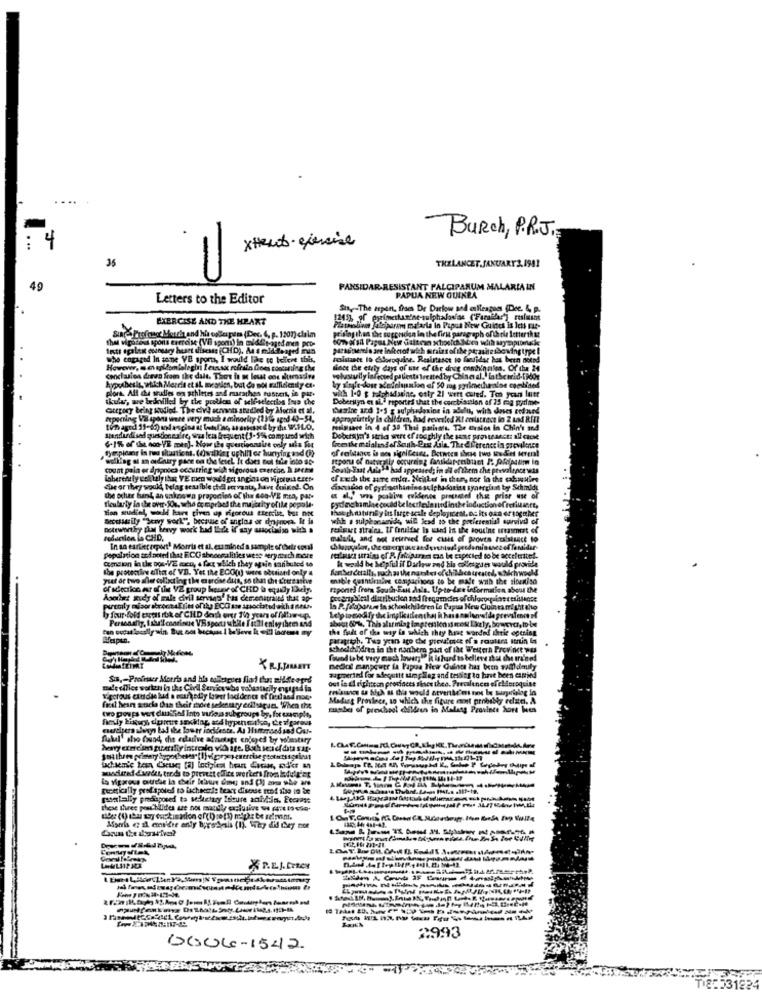
Burch, P.R.J.
xHeut- exercise
35
THELANCET.JANUARY3.1981
U
49
FANSIDAR-RESISTANT FALCIPARUM MALARIAIN
Letters to the Editor
PAPUA NEW GUINEA
Sin-The report, fiss Dr Darlow and colleagues Dee. & p.
HIERCISE AND THE HEART
Guide is le
prising than the suppriden in the first paragraph of th rie letter that
Plataniw Jakiparam malarla in Papua New Guinea is Iets Fac-
the vigorous sports erercise (VE spom) In middleaged men pope
Sunde Profesor Mouth and his oallespem (Dec. 6, p. 1207) claim
Insti ogalest couneacy huset disesse (CHD). As a midtented inun
paranervio are Inhetof wich mirains of the parasitesbowingtype !
the engaged In anne VE sports, I would like to believe this.
Folstante ID chloroquine. Realitaset to fradidar has been noted
begin Iesasa refrain Does concening the
sheet the etuly days of use of the drog condinales. Of the 24
conclusion draven from the dalt. There is a lesst ode alternative
volusully infected patients treated by Chinesal. latSetrid-tador
hypothesis, which Morris et IL mession, but Co not sufficiently ex-
skulu, we bedoilled by the problem of self-selection Ious che
plonk. All du studies on schietes and marathon ruster, in PRE.
with 1-0 g Haiphadseine, caty 21 wert cured. Ten years lutr
Dobersyn et al.] reportes that the cor bisssion of 15 ma prime-
Gregory being sudiod. The civil sunn stadled by Morria et al.
Thesine ard 3+5 g sulphadanine in adult, with doses colaund
repeating Val spons were very much a minority (250e aged 43-54.
appropriately in children, had revealed Ki celatrece lo 2 und RITI
Pigsace in 4 of 39 Thai parisals. The Eralos in Chin's and
Menduedilsed questionesfre, was lets frequent (-55% com;and wich
6-1%% of die non- VE mir)- Now the questionnaire only als The
wollag al m acuiry pine on the letel It does not file into as-
count pala er dropnoch occurring wich sigorous exercise, I DetAM
South-East Antela had appeased; in oil of them the prevalencesets
ef rech the sure onlar. Meilket in ther, nor io the obnuire
che or they would, belag sensible chialervanta, have dnise !. On
the other hand, an unknown proportion of the con-VE men, par-
fleubyly in the over.SO, who comprised the maitaity of ile popoli.
Tion studied, would have given up rigorous thereist, but noc
Pyinchmle could be leczleda sted inthe induction of refillinct,
though matinBy in large scale deployment, os Its osn eringaler
soowassily "Scavy work", because of angios or dropnora. It is
whl a sulphonsenide, will lead 15 the poulesemial survival of
noteworthy thy heavy work bad Iliche if my socisizo with a
resinaet strains. Ir feridae is used in the soutine istasmost of
reduction La CHD.
malula, and not seurvel for cuit of proves rossinice to
In an earlier report" Morris et al. examined a sample of their conl
Comcion in ux pos-VE mocu, 4 fixe which they again sanibuted to
population and noted that ECO shooogalities wese very much more
it would be Mpful il Dachow and bla collegdes would provide
the protection aiThat of VI. Yet the ECO() wers aberistdl only a
yut or two aller collect ing the exercise dus, so that che L'rers anive
of schecks er of the VE group heune of CHD la equidly Dhciy.
reported from South-Est An's. Up-to due info
mation about the
Åserhet Rudy of male civil servis" has cerenatraind that ap-
puntoly misorabronteElis onthe ECO se associated @kh IRAL.
in P. frayorum la schoolchildren Le Papua New Guinea might the
I four fold essens itik of CHLD deth over The years of follow-up.
Personally, Ithu'l corinne VEspoer ublile I still eniyihem and
Lolpiomodi fy the implication that h has onplanside prevalence of
the fault of the way in which they haag warded ihtie opening
about 60%, This alarming impression ismen Likely, bo
paraprith. Tua year ago che prevalence of a routers sorun la
schedahildren in the nonhera part of the Western Province was
XR.J.JARSETT
medine manpower fa Papua New Guinea has been saidmily
Sis ,- Profiser Morris and his colleagues fiad thu: milde ogrs
out is al eightcon procfaces since thea. Prevalence ofcloroquine
zapmerted for adequtit simp Slag and tessier to have been csmind
mile office worten in the Cord Servicsube yabastacity engaged in
Yectous cindie bad a muurkelly lawet faddenes ef fiedaad noc.
Mediet Provlees, so which the figure most probably ecan, A
find bean sticka than theit short sedentary edilsagsts 'When the
two poups vet clusief Into tioa subgroups by, fre example,
murders always bad the lower iodideste. As Himmisedssd Car-
flakel' sho Cund, this estagive afrantage enjoyed by wimstarr
Mary exerciun pustiliy intre fo vid age. Boch sesof data saf.
------
uchem'e ten Cieux [a] leriyleat hen Cacim, mod's an
wwcured &wdus, trods to prevent elite workers from laduldet
genetically prof spoted to lichperte teart diseuse of the in be
petalally predaposed to selecttry Isicure anidiin. Eccrase
LLSTPICK
2993
GOOG-1542
£231224